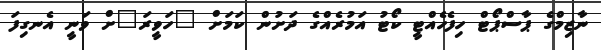
ނާޒިމްގެ ޕާސްޕޯޓް ހިފެހެއްޓީ ކޯޓު އަމުރެއްގެ ދަށުން ކަމަށް "ހަވީރަ"ށް ވަނީ އެނގިފަ